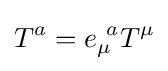
T^{a}=e_{\mu }^{\ a}T^{\mu }